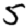
Digit: 5